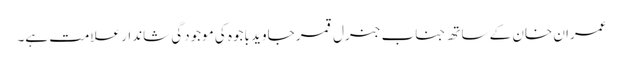
عمران خان کے ساتھ جناب جنرل قمر جاوید باجوہ کی موجودگی شاندار علامت ہے۔